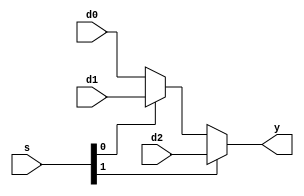
`timescale 1ns / 1ps
//////////////////////////////////////////////////////////////////////////////////
// Company: 
// Engineer: 
// 
// Design Name: 
// Module Name: mux3
// Project Name: 
// Target Devices: 
// Tool Versions: 
// Description: 
// 
// Dependencies: 
// 
// Revision:
// Revision 0.01 - File Created
// Additional Comments:
// 
//////////////////////////////////////////////////////////////////////////////////


module mux3#(parameter WITHD = 8)(
    input       [WITHD-1:0]     d0,
    input       [WITHD-1:0]     d1, 
    input       [WITHD-1:0]     d2,
    input       [1:0]           s,
    output      [WITHD-1:0]     y   
    );
    assign y = s[1]?d2:(s[0]?d1:d0);
    
endmodule